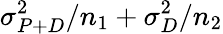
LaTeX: \sigma_{P+D}^{2}/n_{1}+\sigma_{D}^{2}/n_{2}